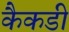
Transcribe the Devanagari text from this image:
कैकडी